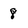
Character: 8